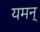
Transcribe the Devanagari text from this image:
यमन्